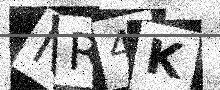
Text: NR4K